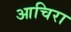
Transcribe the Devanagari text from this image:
आचिरा